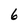
Character: 6